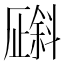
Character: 𪯯